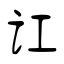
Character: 讧